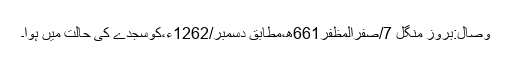
وصال:بروز منگل 7/صفرالمظفر661ھ،مطابق دسمبر/1262ء،کوسجدے کی حالت میں ہوا۔